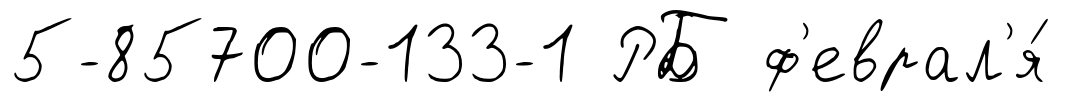
5-85700-133-1 РБ ф'еврал'я́